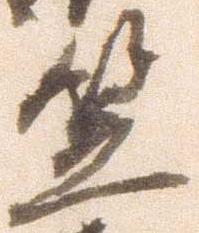
笠